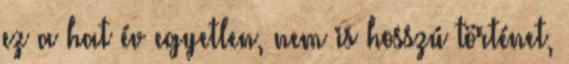
ez a hat év egyetlen, nem is hosszú történet,